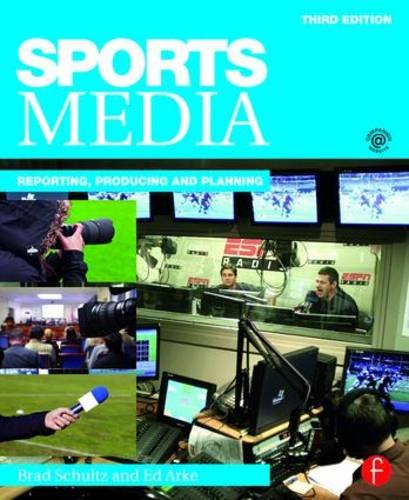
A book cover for Sports Media: Reporting, Producing, and Planning; Bradley Schultz; Sports & Outdoors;